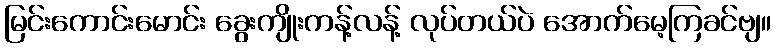
မြင်းကောင်းမောင်း ခွေးကျိုးကန့်လန့် လုပ်တယ်ပဲ အောက်မေ့ကြခင်ဗျ။